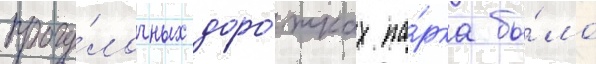
прогу́лочных доро́жках па́рка бы́ло